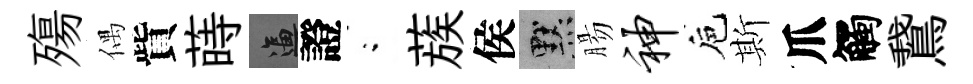
殤偶貲蒔逼證閤蔟侯默腸神巵斯爪觸鵞